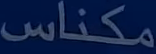
مكناس